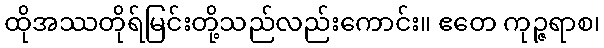
ထိုအဿတိုရ်မြင်းတို့သည်လည်းကောင်း။ ဧတေ ကုဉ္ဇရာစ၊